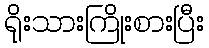
ရိုးသားကြိုးစားပြီး